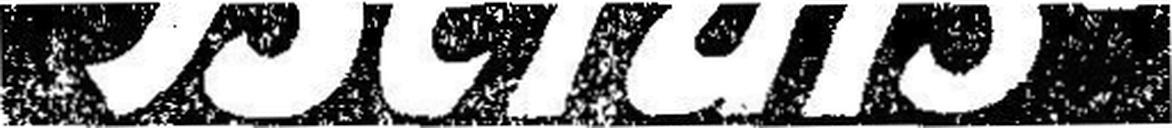
Berufs-